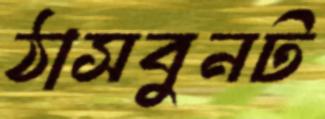
ঠাসবুনট